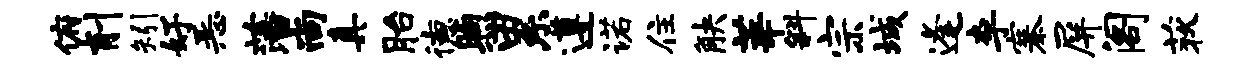
俯削矧好恶藩尚真胎德煦累遵诺住觖莘斜宗城逢李寨屏阁荻